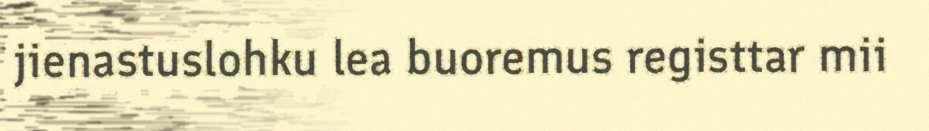
jienastuslohku lea buoremus registtar mii